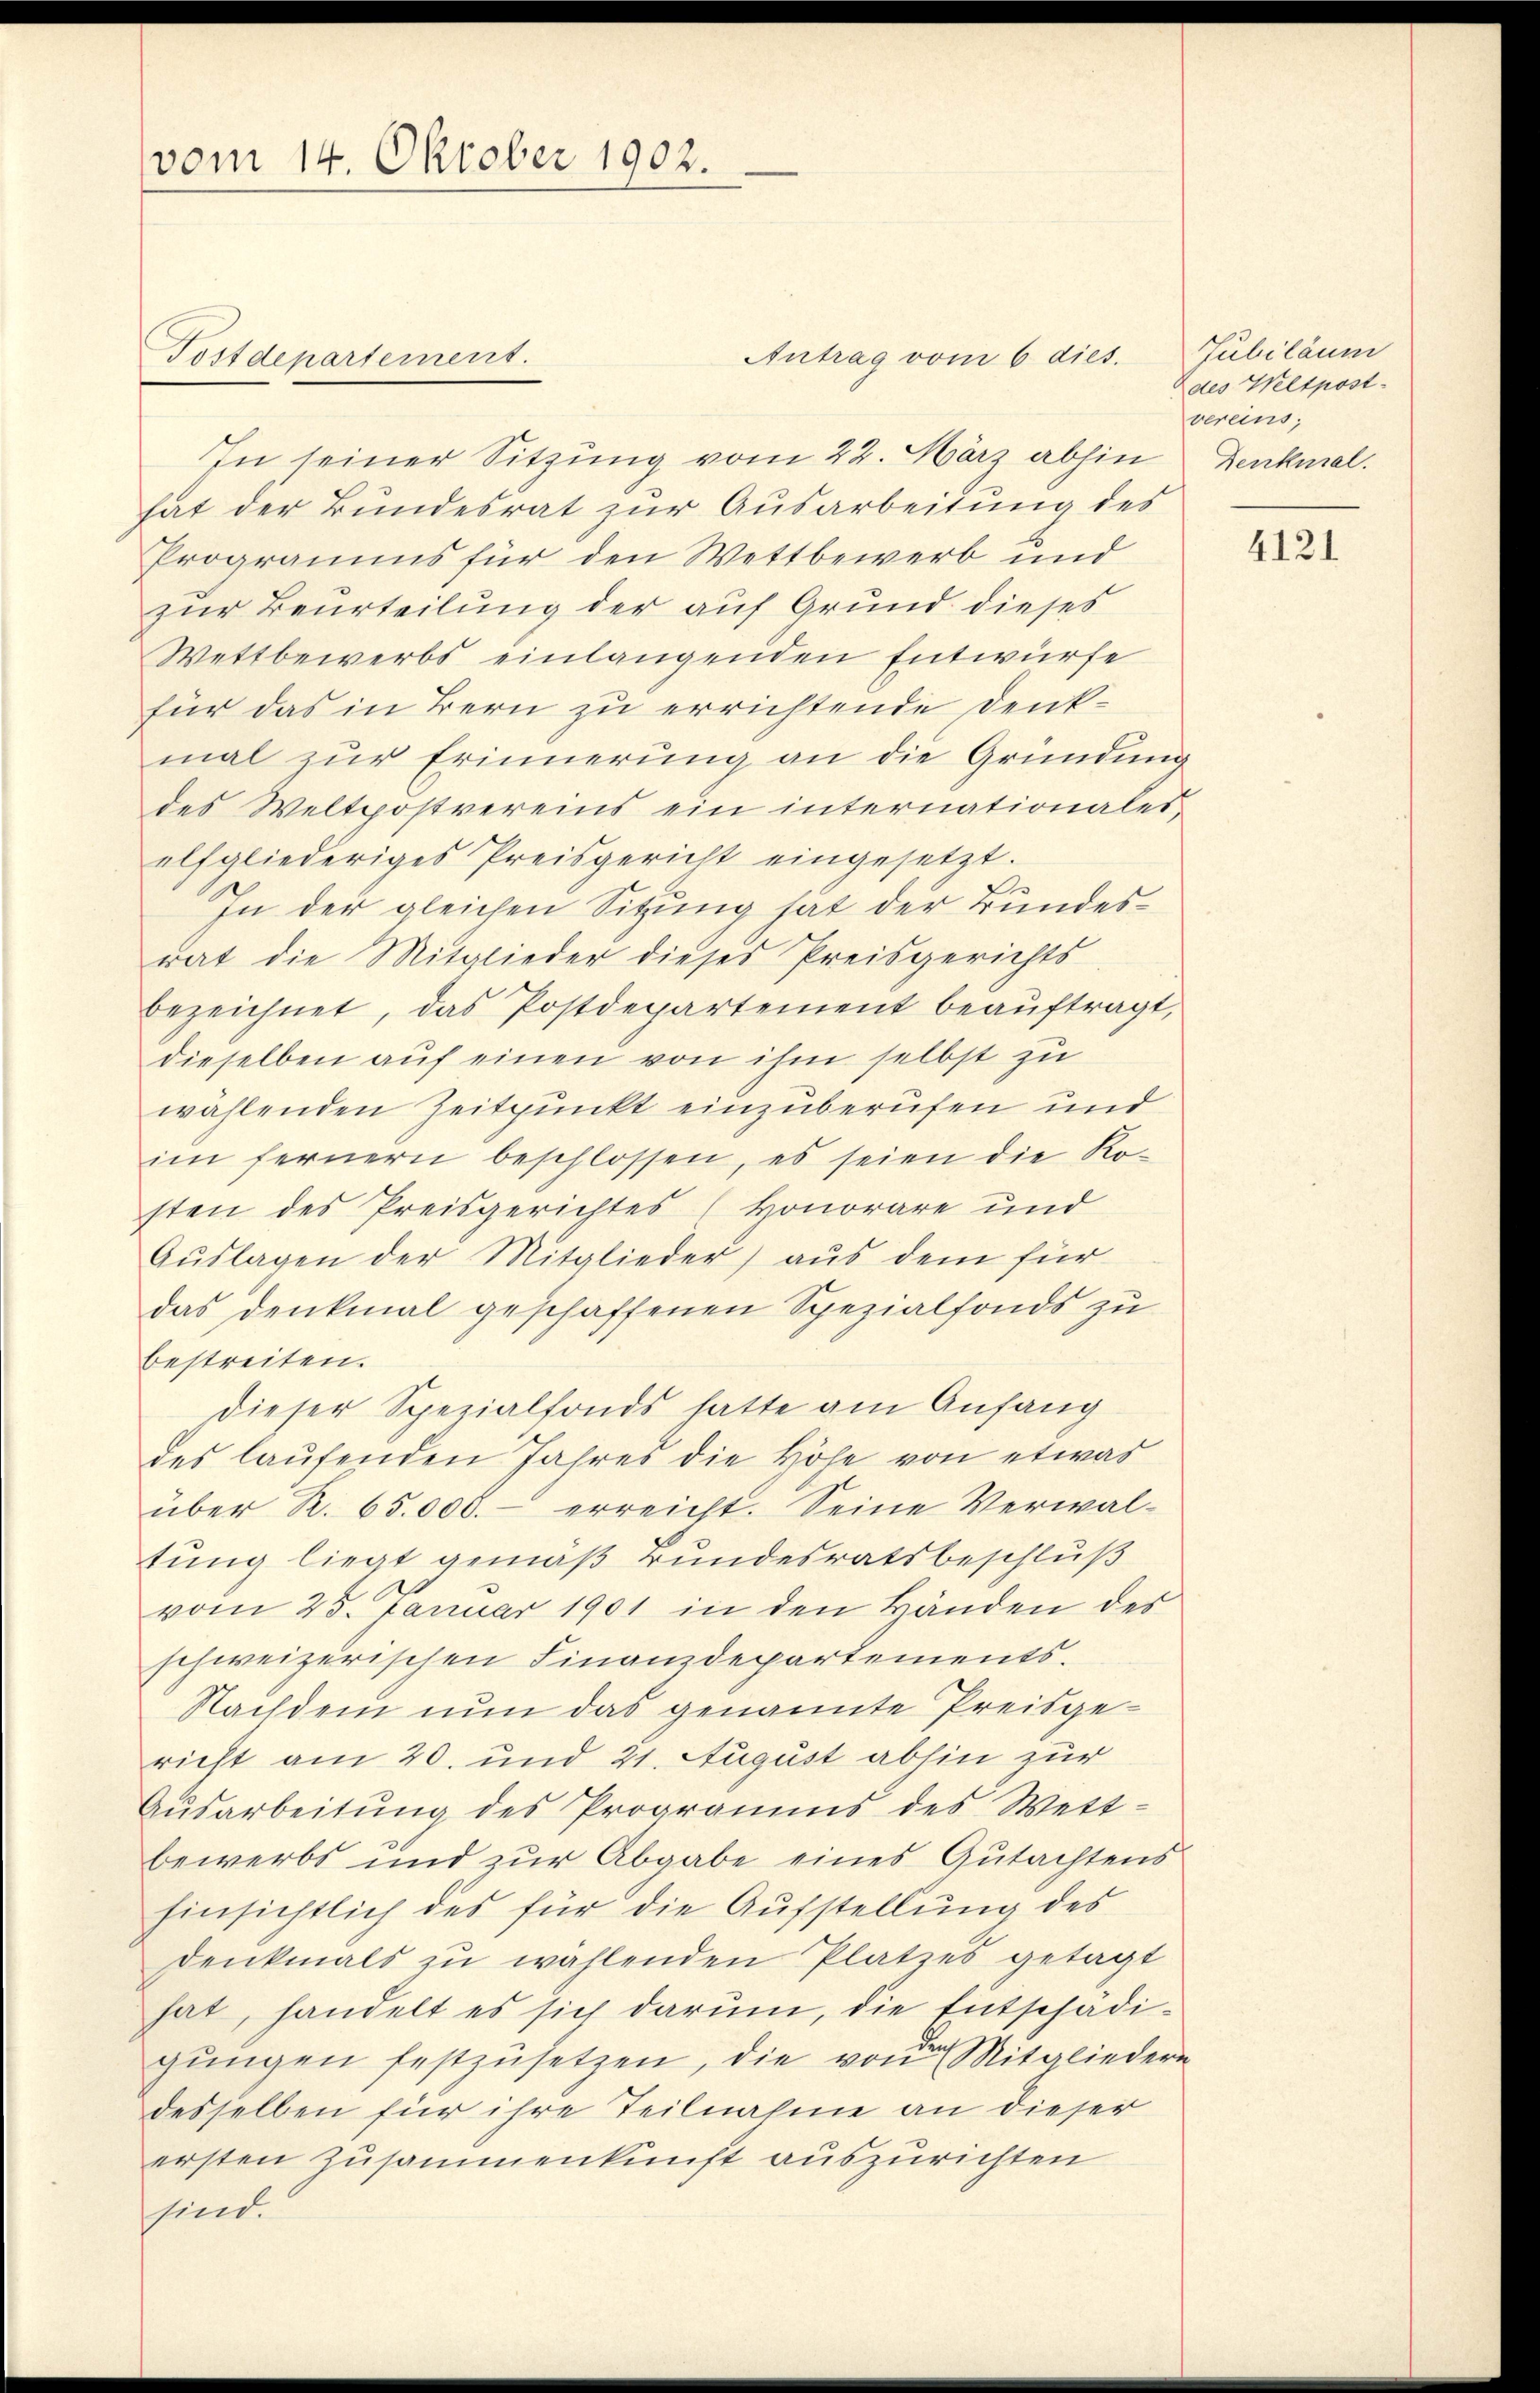
vom 14. Oktober 1902.

Antrag vom 6 dies.
In seiner Sitzung vom 22. März abhin Denkmal.
hat der Bundesrat zur Ausarbeitung des
Programms für den Wettbewerb und
zur Beurteilung der auf Grund dieses
Wettbewerbs einlangenden Entwürfe
für das in Bern zu errichtende Denkmal zur Erinnerung an die Gründung
des Weltpostvereins ein internationales,
elfgliederiges Preisgericht eingesetzt.
2
In der gleichen Sitzung hat der Bundesrat die Mitglieder dieses Preisgerichts
bezeichnet, das Postdepartement beaŭftragt,
dieselben auf einen von ihm selbst zu
wahlenden Zeitpunkt einzuberufen und
im fernern beschlossen, es seien die Ko-
sten des Preisgerichtes (Honorare und
Aŭslagen der Mitglieder) aus dem für
das denkmal geschaffenen Spezialfonds zu
bestreiten.
dieser Spezialfonds hatte am Anfang
des laufenden Jahres die Höhe von etwas
über R. 65.000.- erreicht. Seine Verwal-
tung liegt gemäß Bundesratsbeschluß
vom 25. Januar 1901 in den Händen des
schweizerischen Finanzdepartements.
Nachdem nun das genannte Preisgericht am 20. und 21. August abhin zur
Ausarbeitung des Programms des Wettbewerbs und zur Abgabe eines Gutachtens
hinsichtlich des für die Aufstellung des
Denkmals zu wählenden Platzes getagt
hat, handelt es sich darum, die Entschädigŭngen festzusetzen, die von der Mitgliedern
desselben für ihre Teilnahme an dieser
ersten Zusammenkunft auszurichten
sind.

Postdepartement.

Jubiläum
Ddes Weltpost
vereins,

4121